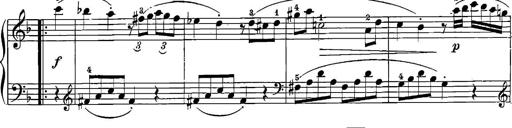
Title: 12 Sonatinas
Composer: Ignaz Pleyel